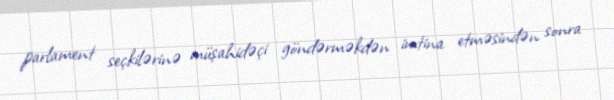
parlament seçkilərinə müşahidəçi göndərməkdən imtina etməsindən sonra